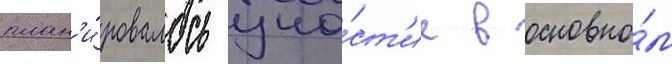
план'и́ровалось уча́ст'ие в основно́м